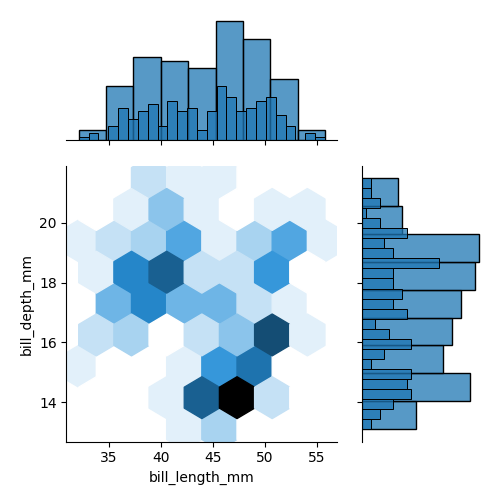
python, seaborn, jointplot, kind='hex', height='5', ratio='2', marginal_ticks='False'